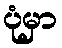
ပုံမှာ